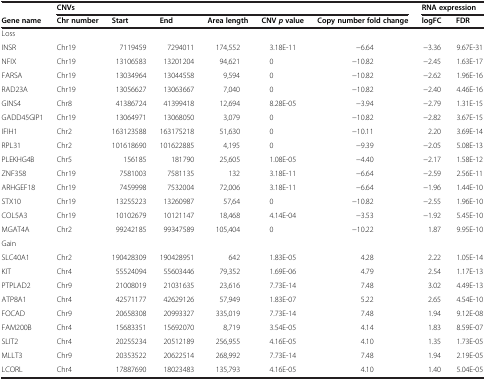
<table><thead><tr><td></td><td colspan="6"><b>CNVs</b></td><td colspan="2"><b>RNA expression</b></td></tr><tr><td><b>Gene name</b></td><td><b>Chr number</b></td><td><b>Start</b></td><td><b>End</b></td><td><b>Area length</b></td><td><b>CNV<i>p</i>value</b></td><td><b>Copy number fold change</b></td><td><b>logFC</b></td><td><b>FDR</b></td></tr></thead><tbody><tr><td colspan="9">Loss</td></tr><tr><td>INSR</td><td>Chr19</td><td>7119459</td><td>7294011</td><td>174,552</td><td>3.18E-11</td><td>−6.64</td><td>−3.36</td><td>9.67E-31</td></tr><tr><td>NFIX</td><td>Chr19</td><td>13106583</td><td>13201204</td><td>94,621</td><td>0</td><td>−10.82</td><td>−2.45</td><td>1.63E-17</td></tr><tr><td>FARSA</td><td>Chr19</td><td>13034964</td><td>13044558</td><td>9,594</td><td>0</td><td>−10.82</td><td>−2.62</td><td>1.96E-16</td></tr><tr><td>RAD23A</td><td>Chr19</td><td>13056627</td><td>13063667</td><td>7,040</td><td>0</td><td>−10.82</td><td>−2.40</td><td>4.46E-16</td></tr><tr><td>GINS4</td><td>Chr8</td><td>41386724</td><td>41399418</td><td>12,694</td><td>8.28E-05</td><td>−3.94</td><td>−2.79</td><td>1.31E-15</td></tr><tr><td>GADD45GIP1</td><td>Chr19</td><td>13064971</td><td>13068050</td><td>3,079</td><td>0</td><td>−10.82</td><td>−2.82</td><td>3.67E-15</td></tr><tr><td>IFIH1</td><td>Chr2</td><td>163123588</td><td>163175218</td><td>51,630</td><td>0</td><td>−10.11</td><td>2.20</td><td>3.69E-14</td></tr><tr><td>RPL31</td><td>Chr2</td><td>101618690</td><td>101622885</td><td>4,195</td><td>0</td><td>−9.39</td><td>−2.05</td><td>5.08E-13</td></tr><tr><td>PLEKHG4B</td><td>Chr5</td><td>156185</td><td>181790</td><td>25,605</td><td>1.08E-05</td><td>−4.40</td><td>−2.17</td><td>1.58E-12</td></tr><tr><td>ZNF358</td><td>Chr19</td><td>7581003</td><td>7581135</td><td>132</td><td>3.18E-11</td><td>−6.64</td><td>−2.59</td><td>2.56E-11</td></tr><tr><td>ARHGEF18</td><td>Chr19</td><td>7459998</td><td>7532004</td><td>72,006</td><td>3.18E-11</td><td>−6.64</td><td>−1.96</td><td>1.44E-10</td></tr><tr><td>STX10</td><td>Chr19</td><td>13255223</td><td>13260987</td><td>57,64</td><td>0</td><td>−10.82</td><td>−2.55</td><td>1.96E-10</td></tr><tr><td>COL5A3</td><td>Chr19</td><td>10102679</td><td>10121147</td><td>18,468</td><td>4.14E-04</td><td>−3.53</td><td>−1.92</td><td>5.45E-10</td></tr><tr><td>MGAT4A</td><td>Chr2</td><td>99242185</td><td>99347589</td><td>105,404</td><td>0</td><td>−10.22</td><td>1.87</td><td>9.95E-10</td></tr><tr><td colspan="9">Gain</td></tr><tr><td>SLC40A1</td><td>Chr2</td><td>190428309</td><td>190428951</td><td>642</td><td>1.83E-05</td><td>4.28</td><td>2.22</td><td>1.05E-14</td></tr><tr><td>KIT</td><td>Chr4</td><td>55524094</td><td>55603446</td><td>79,352</td><td>1.69E-06</td><td>4.79</td><td>2.54</td><td>1.17E-13</td></tr><tr><td>PTPLAD2</td><td>Chr9</td><td>21008019</td><td>21031635</td><td>23,616</td><td>7.73E-14</td><td>7.48</td><td>3.02</td><td>4.49E-13</td></tr><tr><td>ATP8A1</td><td>Chr4</td><td>42571177</td><td>42629126</td><td>57,949</td><td>1.83E-07</td><td>5.22</td><td>2.65</td><td>4.54E-10</td></tr><tr><td>FOCAD</td><td>Chr9</td><td>20658308</td><td>20993327</td><td>335,019</td><td>7.73E-14</td><td>7.48</td><td>1.94</td><td>9.12E-08</td></tr><tr><td>FAM200B</td><td>Chr4</td><td>15683351</td><td>15692070</td><td>8,719</td><td>3.54E-05</td><td>4.14</td><td>1.83</td><td>8.59E-07</td></tr><tr><td>SLIT2</td><td>Chr4</td><td>20255234</td><td>20512189</td><td>256,955</td><td>4.16E-05</td><td>4.10</td><td>1.35</td><td>1.73E-05</td></tr><tr><td>MLLT3</td><td>Chr9</td><td>20353522</td><td>20622514</td><td>268,992</td><td>7.73E-14</td><td>7.48</td><td>1.94</td><td>2.19E-05</td></tr><tr><td>LCORL</td><td>Chr4</td><td>17887690</td><td>18023483</td><td>135,793</td><td>4.16E-05</td><td>4.10</td><td>1.40</td><td>5.04E-05</td></tr></tbody></table>